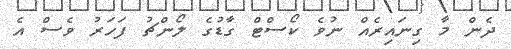
ދެން މާ ގިނައިރެއް ނުވެ ކޯސްޓް ގާޑުގެ ލޯންޗު ފަހަރު ވެސް އެ